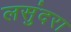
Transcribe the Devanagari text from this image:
लसुंदरा